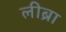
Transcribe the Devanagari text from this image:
लीब्रा